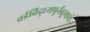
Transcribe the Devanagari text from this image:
वईविद्ध्यपूर्नवुमाये